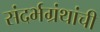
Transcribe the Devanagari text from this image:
संदर्भग्रंथांची